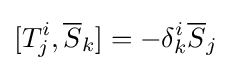
[T_{j}^{i},{\overline {S}}_{k}]=-\delta _{k}^{i}{\overline {S}}_{j}